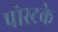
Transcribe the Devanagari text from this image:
पोस्टके